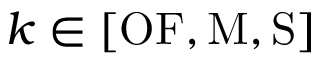
k \in [ \mathrm { O F } , \mathrm { M } , \mathrm S ]